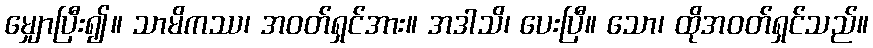
မျှောပြီး၍။ သာမိကဿ၊ အဝတ်ရှင်အား။ အဒါသိ၊ ပေးပြီ။ သော၊ ထိုအဝတ်ရှင်သည်။